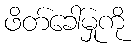
ဖိတ်ခေါ်မှုကို